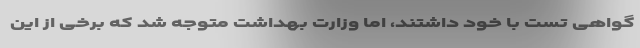
گواهی‌ تست با خود داشتند، اما وزارت بهداشت متوجه شد که برخی از این